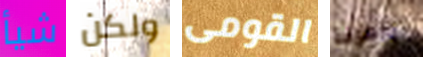
شيأ ولكن القومى ضعيفة